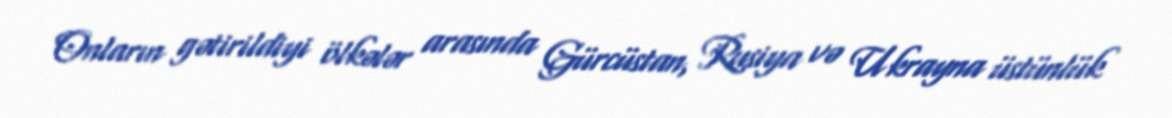
Onların gətirildiyi ölkələr arasında Gürcüstan, Rusiya və Ukrayna üstünlük